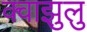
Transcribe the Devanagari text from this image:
क्वाझुलु